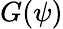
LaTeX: G(\psi)